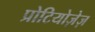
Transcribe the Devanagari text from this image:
प्रोटियोज़ेज़